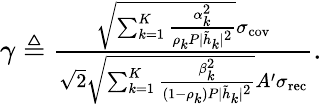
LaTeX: \begin{array}{r}{\gamma\triangleq\frac{{\sqrt{\sum_{k=1}^{K}\frac{\alpha_{k}^{2}}{\rho_{k}P|\tilde{h}_{k}|^{2}}}}\sigma_{\textrm{cov}}}{\sqrt{2}\sqrt{\sum_{k=1}^{K}\frac{\beta_{k}^{2}}{(1-\rho_{k})P|\tilde{h}_{k}|^{2}}}A^{\prime}\sigma_{\textrm{rec}}}.}\end{array}